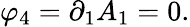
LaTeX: \varphi_{4}=\partial_{1}A_{1}=0.